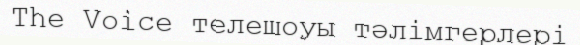
The Voice телешоуы тәлімгерлері